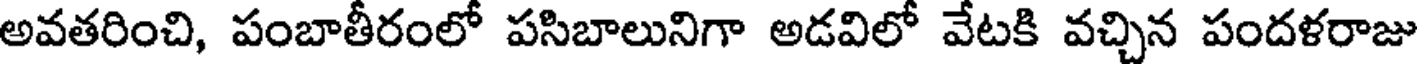
అవతరించి, పంబాతీరంలో పసిబాలునిగా అడవిలో వేటకి వచ్చిన పందళరాజు